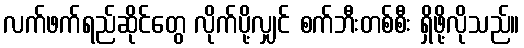
လက်ဖက်ရည်ဆိုင်တွေ လိုက်ပို့လျှင် စက်ဘီးတစ်စီး ရှိဖို့လိုသည်။